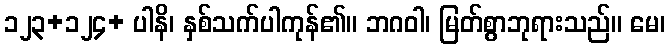
၁၂၃+၁၂၄+ ပါနိ၊ နှစ်သက်ပါကုန်၏။ ဘဂဝါ၊ မြတ်စွာဘုရားသည်။ မေ၊